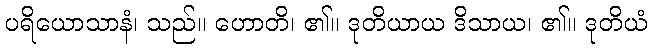
ပရိယောသာနံ၊ သည်။ ဟောတိ၊ ၏။ ဒုတိယာယ ဒိသာယ၊ ၏။ ဒုတိယံ